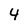
Character: 4